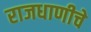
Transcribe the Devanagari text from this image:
राजधाणीचे